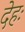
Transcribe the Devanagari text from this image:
देहः